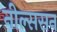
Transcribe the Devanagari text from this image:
नील्ससन